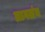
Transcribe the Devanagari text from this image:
लागलंय